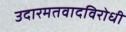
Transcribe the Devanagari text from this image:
उदारमतवादविरोधी